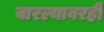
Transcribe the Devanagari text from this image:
वारल्यावरही